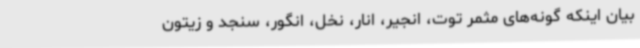
بیان اینکه گونه‌های مثمر توت، انجیر، انار، نخل، انگور، سنجد و زیتون